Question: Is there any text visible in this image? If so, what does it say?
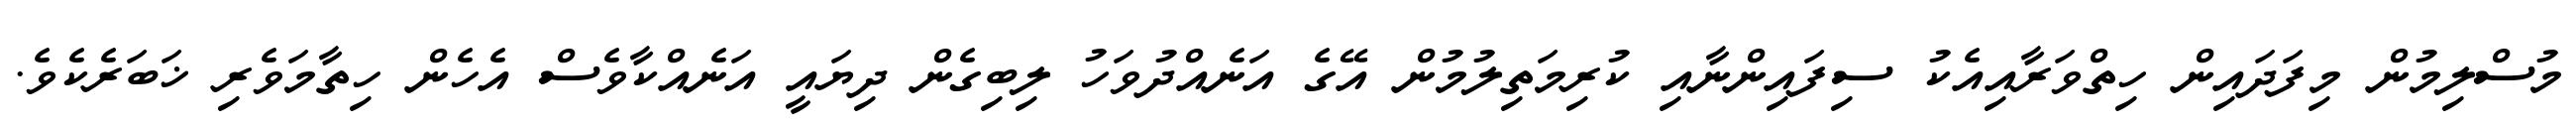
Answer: މުސްލިމުން މިފަދައިން ހިތްވަރާއިއެކު ސިފައިންނާއި ކުރިމަތިލުމުން އޭގެ އަނެއްދުވަހު ލިބިގެން ދިޔައީ އަނެއްކާވެސް އެހެން ހިތާމަވެރި ޚަބަރެކެވެ.